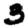
Digit: 3